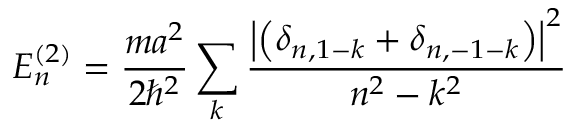
E _ { n } ^ { ( 2 ) } = { \frac { m a ^ { 2 } } { 2 \hbar ^ { 2 } } } \sum _ { k } { \frac { \left| \left( \delta _ { n , 1 - k } + \delta _ { n , - 1 - k } \right) \right| ^ { 2 } } { n ^ { 2 } - k ^ { 2 } } }